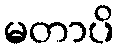
မတာပိ